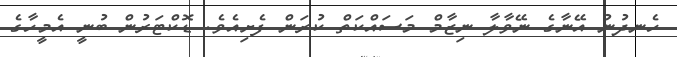
ހެނދުނު އޭނާގެ ނޭވާލާ ނިޒާމް މަސައްކަތް ކުރަން ފެށިއެވެ. ޑޮކްޓަރުން ބުނީ އެމީހާގެ